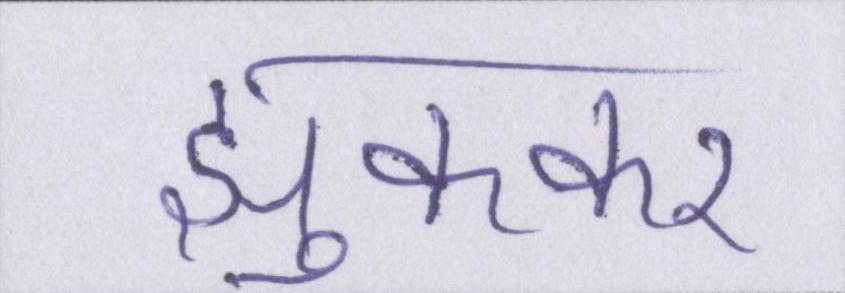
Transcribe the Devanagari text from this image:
झुककर